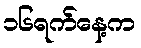
၁၆ရက်နေ့က